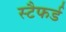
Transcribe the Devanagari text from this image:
स्टैफर्ड